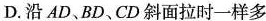
D.沿AD、BD、CD斜面拉时一样多